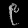
Digit: ၉